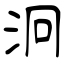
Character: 泂